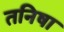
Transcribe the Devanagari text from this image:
तनिषा